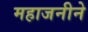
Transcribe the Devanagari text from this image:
महाजनीने